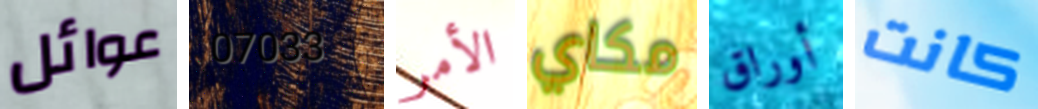
عوائل 07033 الأمر مكاي أوراق كانت